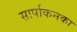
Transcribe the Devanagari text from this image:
सार्पाकनका